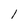
Character: l